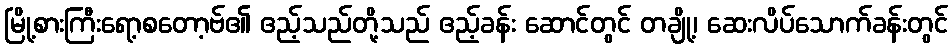
မြို့စားကြီးရော့စတော့ဗ်၏ ဧည့်သည်တို့သည် ဧည့်ခန်း ဆောင်တွင် တချို့၊ ဆေးလိပ်သောက်ခန်းတွင်